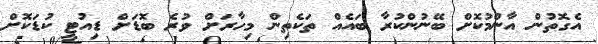
އެގޮތުން އާންމުކޮށް ބޭނުންކުރާ ބައެއް ތަކެތިން މިހާރަށް ވުރެ ބޮޑަށް ޑިއުޓީ ކުޑަކޮށް